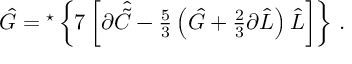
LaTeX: \hat { G } = { } ^ { \star } \left\{ 7 \left[ \partial \hat { \tilde { C } } - { \textstyle \frac { 5 } { 3 } } \left( \hat { G } + { \textstyle \frac { 2 } { 3 } } \partial \hat { L } \right) \hat { L } \right] \right\} \, .